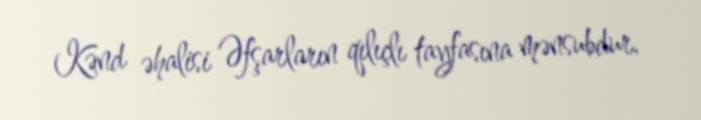
Kənd əhalisi Əfşarların qılıçlı tayfasına mənsubdur.